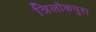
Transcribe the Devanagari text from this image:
त्रिलोकपुरा